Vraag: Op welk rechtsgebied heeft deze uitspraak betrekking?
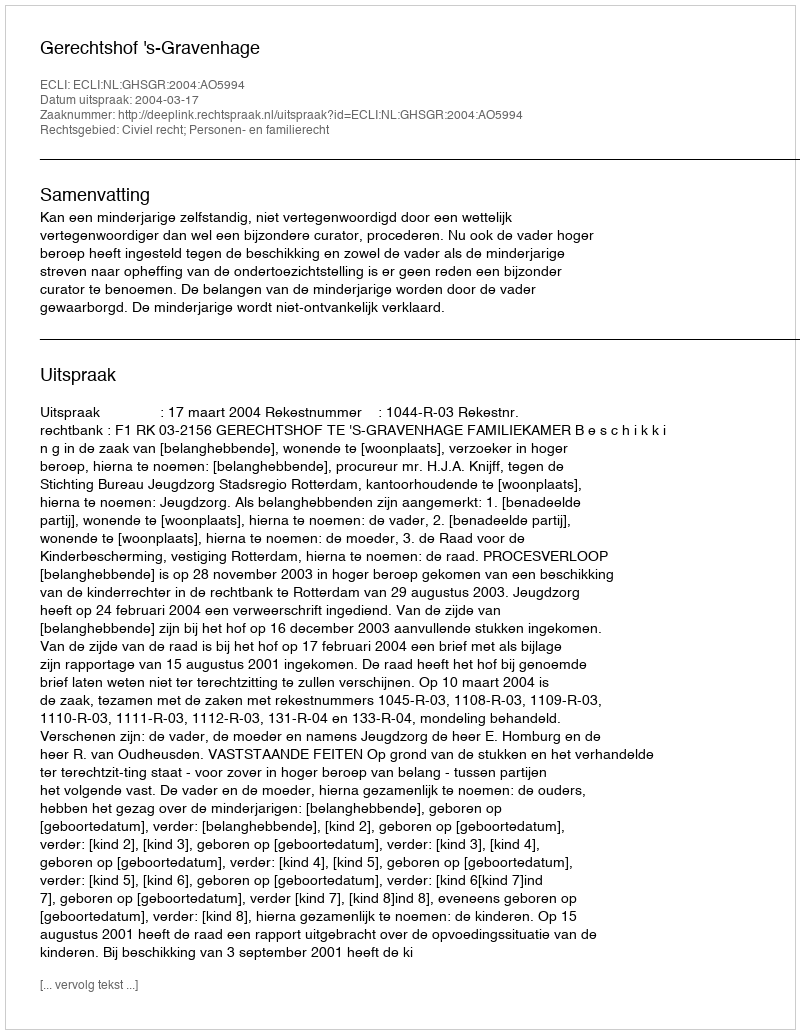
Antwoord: Civiel recht; Personen- en familierecht